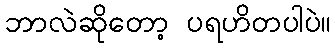
ဘာလဲဆိုတော့ ပရဟိတပါပဲ။